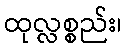
ထုလ္လစ္စည်း၊